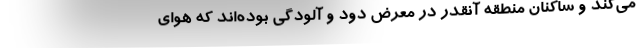
می‌کند و ساکنان منطقه آنقدر در معرض دود و آلودگی بوده‌اند که هوای